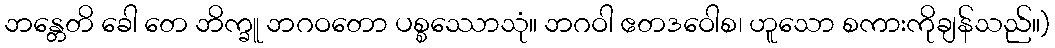
ဘန္တေတိ ခေါ တေ ဘိက္ခူ ဘဂဝတော ပစ္စဿောသုံ။ ဘဂဝါ ဧတဒဝေါစ၊ ဟူသော စကားကိုချန်သည်။)